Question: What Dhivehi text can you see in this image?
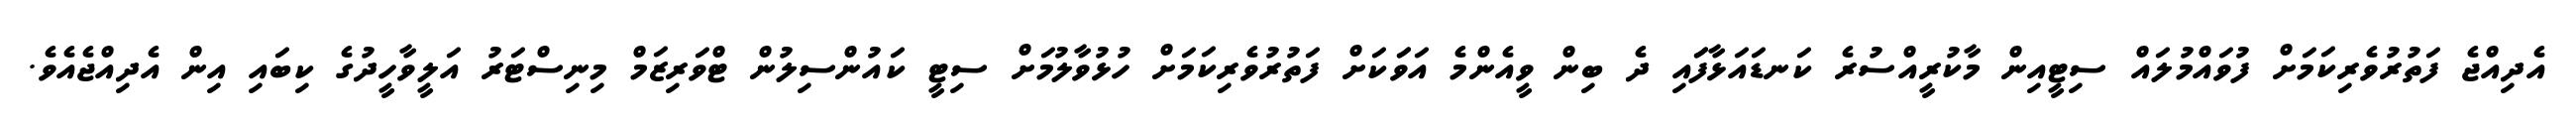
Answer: އެދިއްޖެ ފަތުރުވެރިކަމަށް ފުވައްމުލައް ސިޓީއިން މާކުރީއްސުރެ ކަނޑައަޅާފަައި ދެ ބިން ވީއެންމެ އަވަަކަށް ފަތުރުވެރިކަމަށް ހުޅުވާލުމަށް ސިޓީ ކައުންސިލުން ޓްވަރިޒަމް މިނިސްޓަރު އަލީވާހީދުގެ ކިބައި އިން އެދިއްޖެއެވެ.